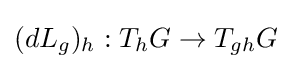
(dL_{g})_{h}:T_{h}G\to T_{gh}G